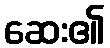
ဆေး၏